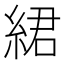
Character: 𦀲